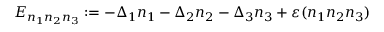
E _ { n _ { 1 } n _ { 2 } n _ { 3 } } : = - \Delta _ { 1 } n _ { 1 } - \Delta _ { 2 } n _ { 2 } - \Delta _ { 3 } n _ { 3 } + \varepsilon ( n _ { 1 } n _ { 2 } n _ { 3 } )